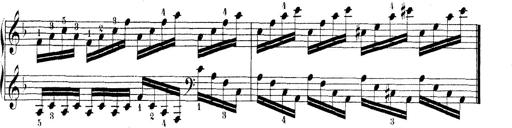
Title: Technische Studien
Composer: Franz Liszt